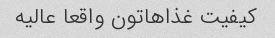
کیفیت غذاهاتون واقعا عالیه